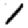
Digit: 1